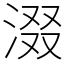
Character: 涰